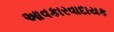
આવકારવાદાયક